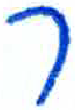
אות: ר